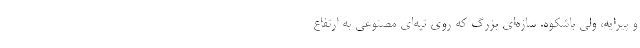
و پیرایه، ولی باشکوه. سازه‌ای بزرگ که روی تپه‌ای مصنوعی به ارتفاع